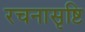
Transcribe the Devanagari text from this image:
रचनासृष्टि